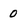
Character: 0